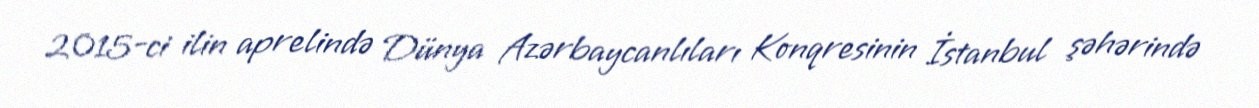
2015-ci ilin aprelində Dünya Azərbaycanlıları Konqresinin İstanbul şəhərində